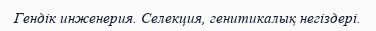
Гендік инженерия. Селекция, генитикалық негіздері.